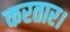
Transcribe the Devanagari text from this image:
करतार।